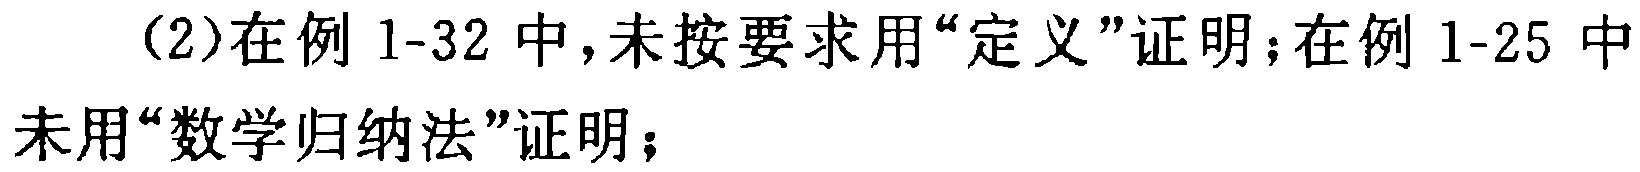
(2)在例 1-32 中,未按要求用“定义”证明;在例 1-25 中未用“数学归纳法”证明;